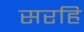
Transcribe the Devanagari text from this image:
सरहि